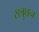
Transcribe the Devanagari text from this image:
सत्रुघन